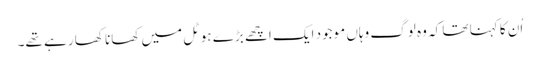
اُن کا کہنا تھا کہ وہ لوگ وہاں موجود ایک اچھے بڑے ہوٹل میں کھانا کھا رہے تھے۔